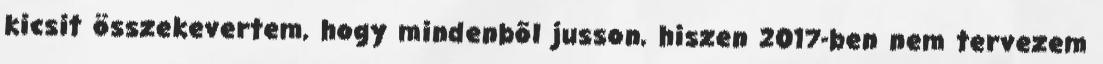
kicsit összekevertem, hogy mindenbõl jusson, hiszen 2017-ben nem tervezem